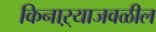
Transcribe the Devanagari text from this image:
किनाऱ्‍याजवळील